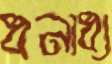
ধনাধ্য